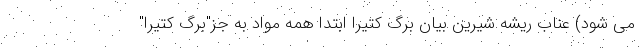
می شود) عناب ریشه شیرین بیان برگ کتیرا ابتدا همه مواد به جز"برگ کتیرا"